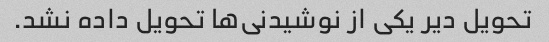
تحویل دیر یکی از نوشیدنی‌ها تحویل داده نشد.